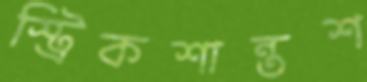
স্ট্রিকশান্তশ